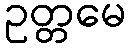
ဥတ္တမေ